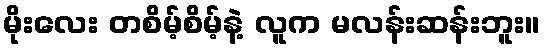
မိုးလေး တစိမ့်စိမ့်နဲ့ လူက မလန်းဆန်းဘူး။